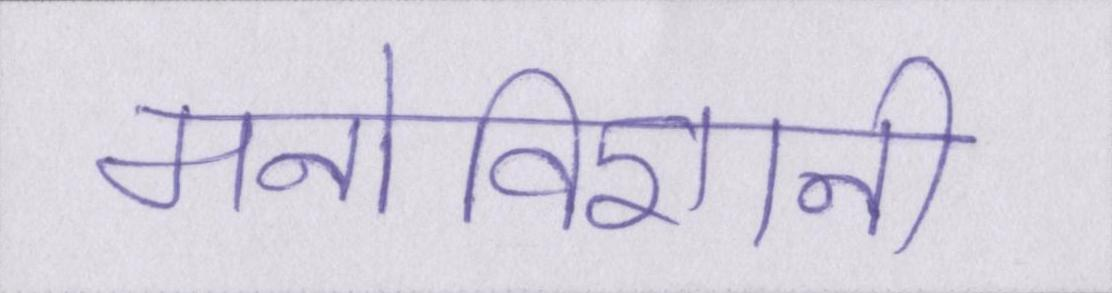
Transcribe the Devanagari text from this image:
मनोविज्ञानी